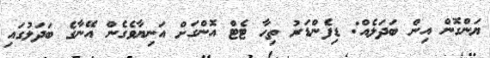
ޔަންގޮން އިން ބަދަލެއް: ޑިފެންޑަރު ތިހާ ޓެޓް އޮންގަށް އަނިޔާވެގެން އޭނާގެ ބަދަލުގައި